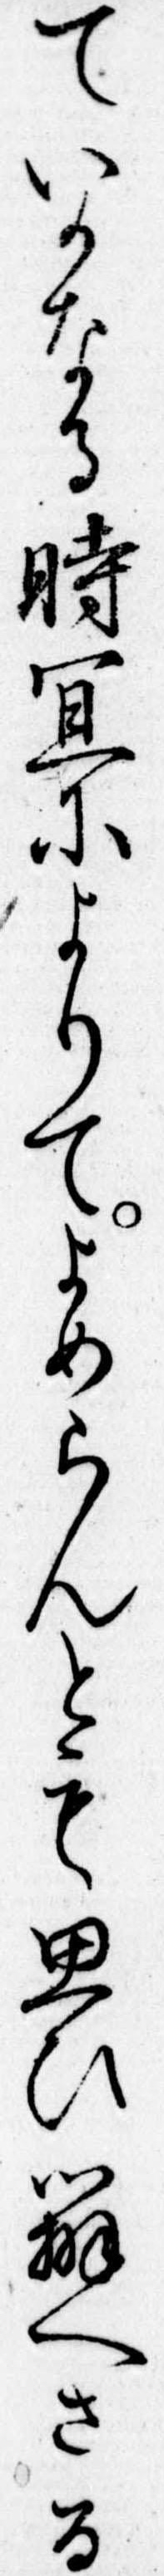
ていかなる時宜によりてよめらんとも思ひ弁へさる